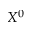
X ^ { 0 }